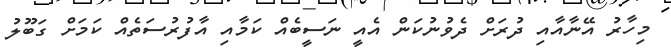
މިހާރު އޭނާއާއި ދުރަށް ދެވުނުކަން އެއީ ނަސީބެއް ކަމާއި އާފުރުސަތެއް ކަމަށް ގަބޫލު